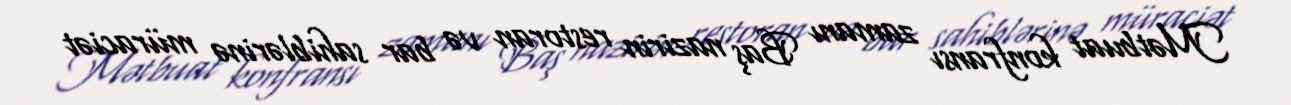
Mətbuat konfransı zamanı Baş nazirin restoran və bar sahiblərinə müraciət